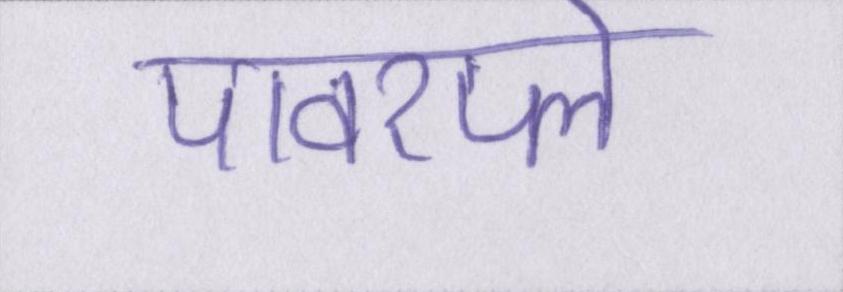
पावरप्ले